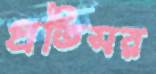
প্রতিসর